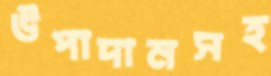
উপাদানসহ